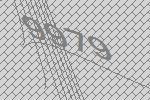
9979